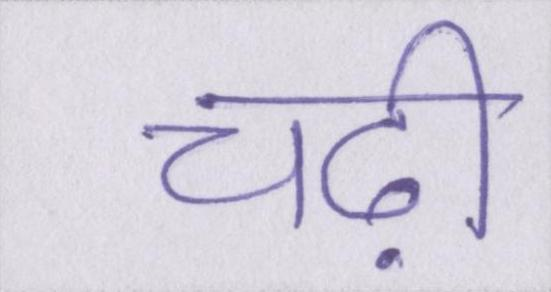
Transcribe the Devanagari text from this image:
चढ़ी